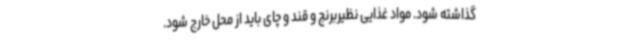
گذاشته شود. مواد غذایی نظیربرنج و قند و چای باید از محل خارج شود.